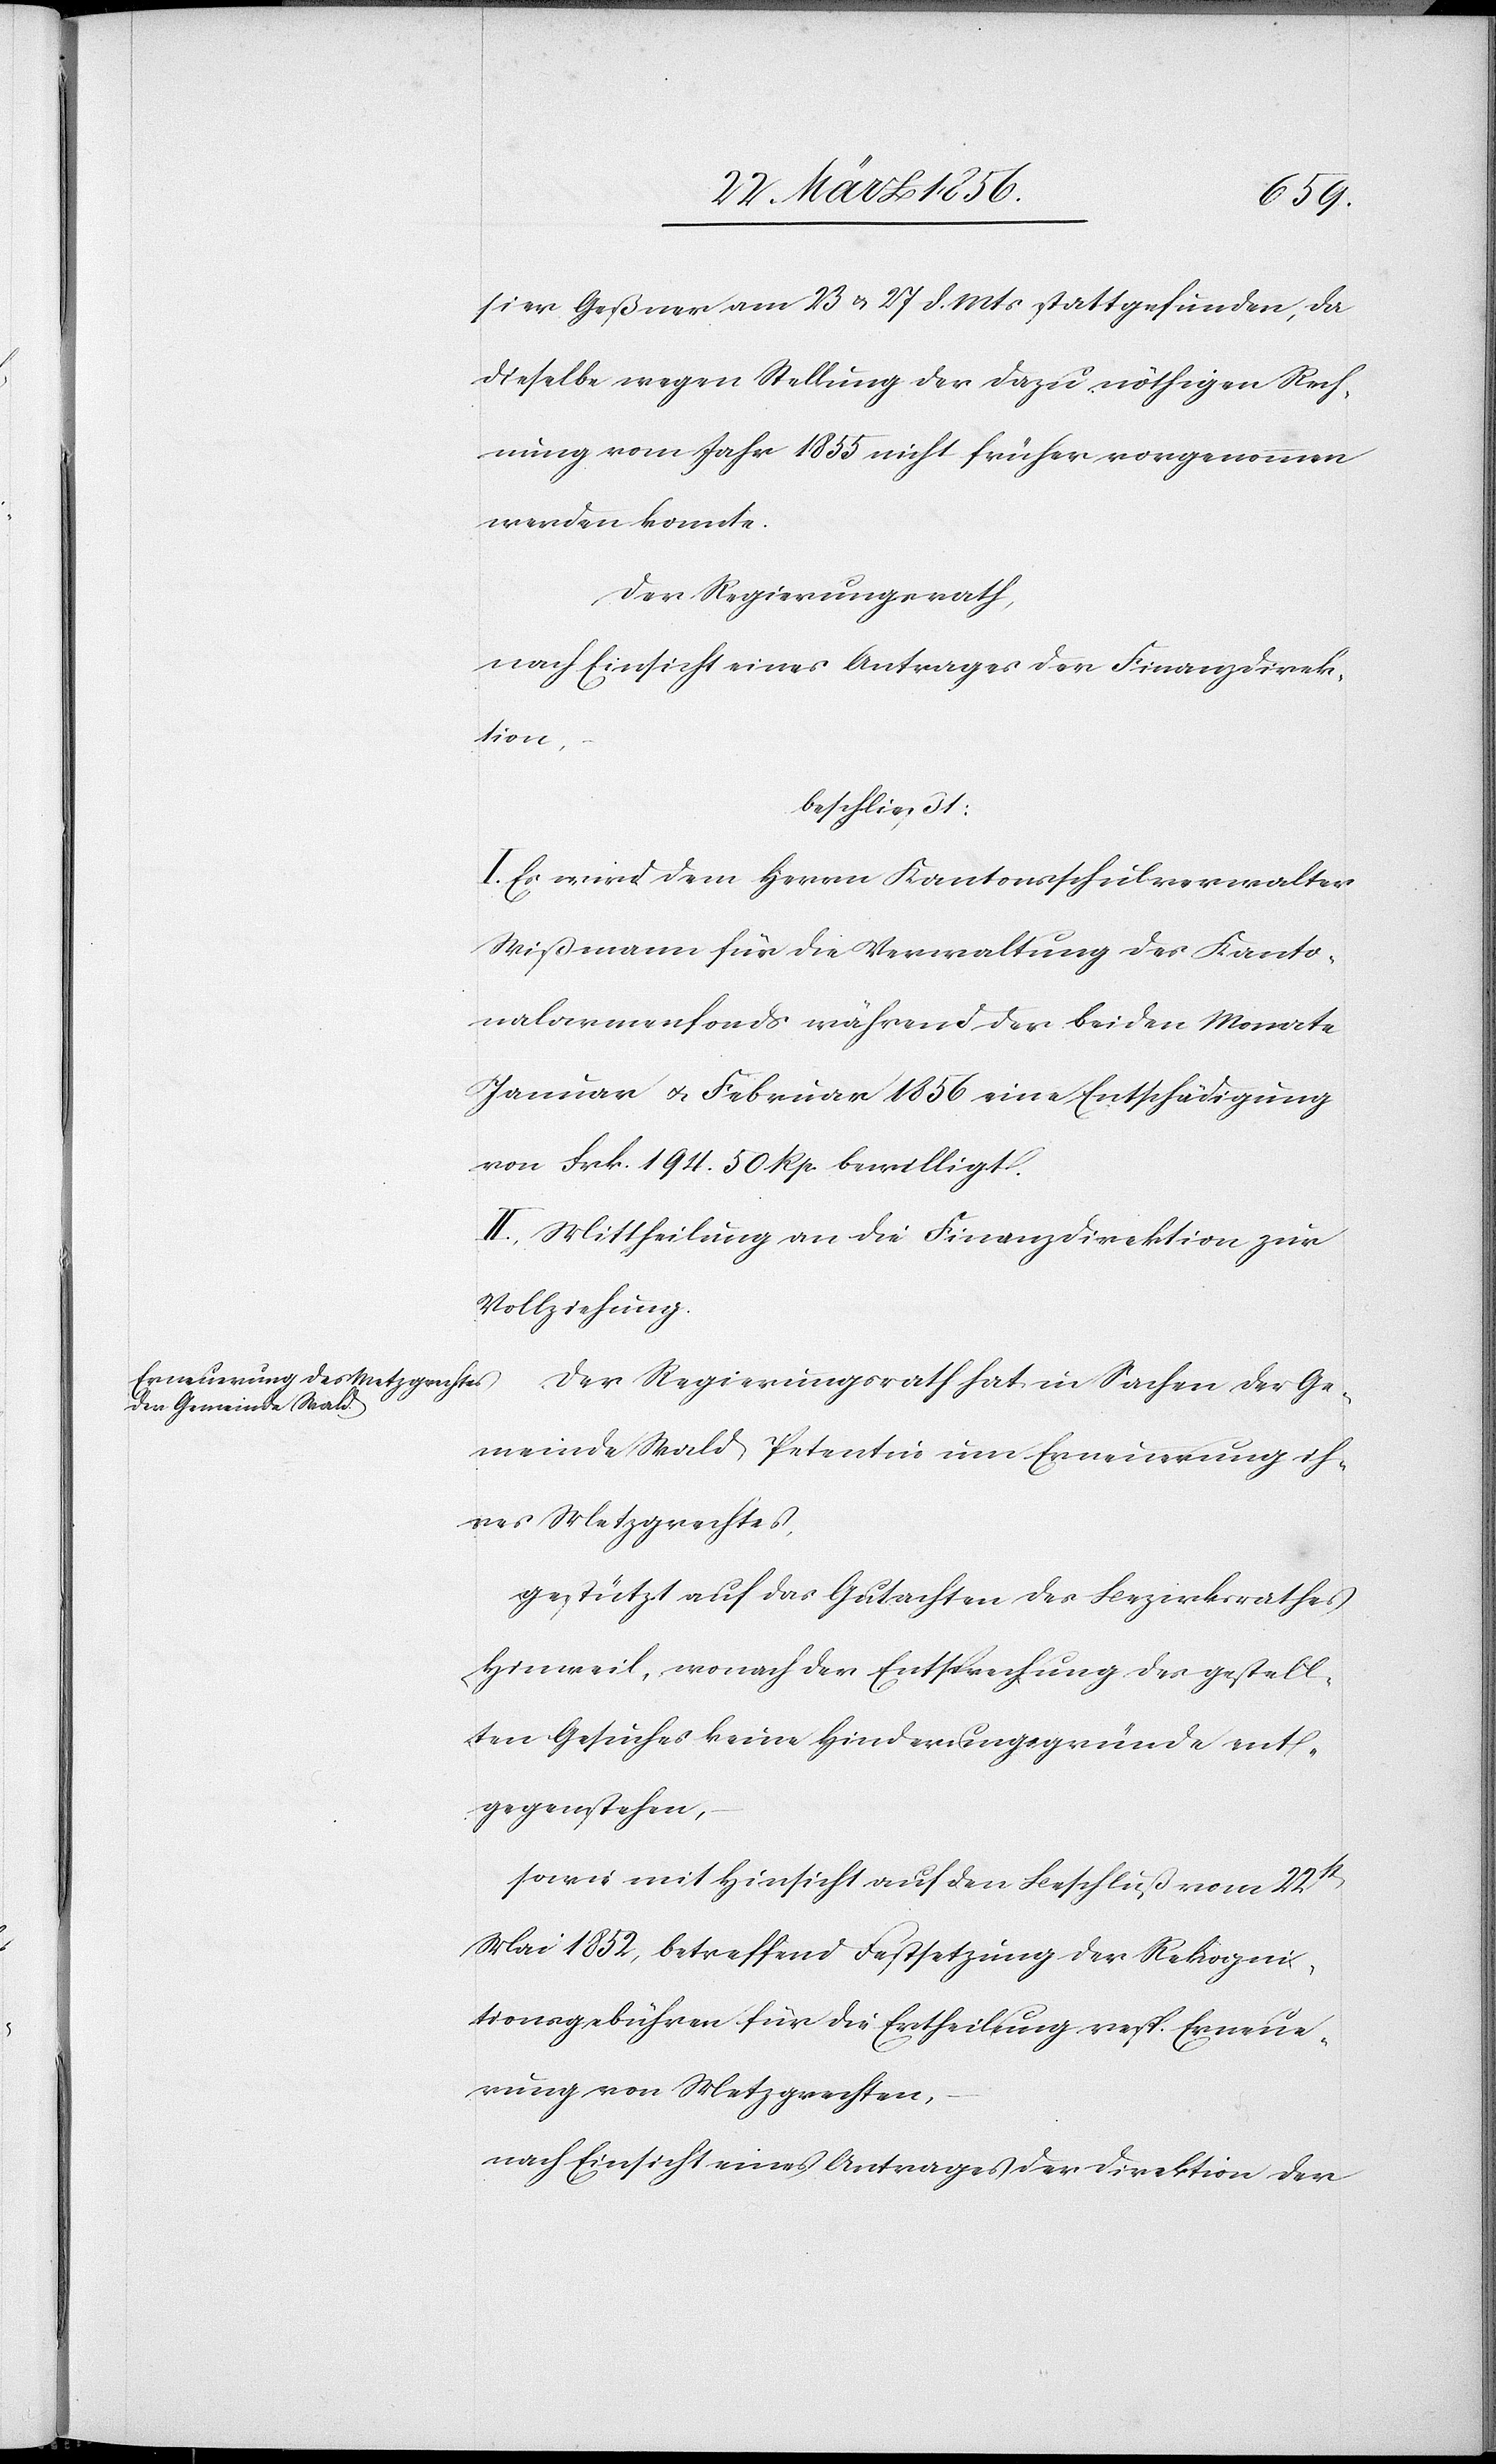
sier Geßner am 23 u. 27 d. Mts stattgefunden, da
dieselbe wegen Stellung der dazu nöthigen Rech¬
nung vom Jahr 1855 nicht früher vorgenommen
werden konnte.
Der Regierungsrath,
nach Einsicht eines Antrages der Finanzdirek¬
tion,
beschließt:
I. Es wird dem Herrn Kantonsschulverwalter
Wißmann für die Verwaltung des Kanto¬
nalarmenfonds während der beiden Monate
Januar u. Februar 1856 eine Entschädigung
von Frk. 194. 50 Rp. bewilligt.
II. Mittheilung an die Finanzdirektion zur
Vollziehung.
Der Regierungsrath hat in Sachen der Ge¬
meinde Wald, Petentin um Erneuerung ih¬
res Metzgrechtes,
gestützt auf das Gutachten des Bezirksrathes
Hinweil, wonach der Entsprechung des gestell¬
ten Gesuches keine Hinderungsgründe ent¬
gegenstehen,
sowie mit Hinsicht auf den Beschluß vom 22st
Mai 1852, betreffend Festsetzung der Rekogni¬
tionsgebühren für die Ertheilung resp. Erneue¬
rung von Metzgrechten,
nach Einsicht eines Antrages der Direktion der